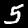
Digit: 5